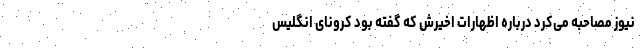
نیوز مصاحبه می‌کرد درباره اظهارات اخیرش که گفته بود کرونای انگلیس